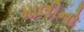
માલીનો